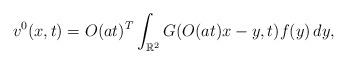
LaTeX: \begin{align*}v^0(x,t)=O(at)^T \int_{\mathbb R^2}G(O(at)x-y, t)f(y)\, dy,\end{align*}